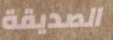
الصديقة